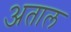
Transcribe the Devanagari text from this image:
अताल